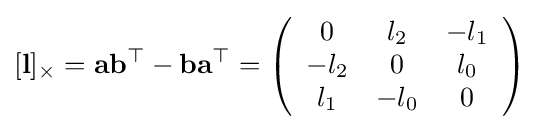
[\mathbf {l} ]_{\times }=\mathbf {a} \mathbf {b} ^{\top }-\mathbf {b} \mathbf {a} ^{\top }=\left({\begin{array}{ccc}0&l_{2}&-l_{1}\\-l_{2}&0&l_{0}\\l_{1}&-l_{0}&0\end{array}}\right)